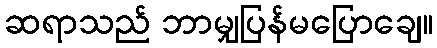
ဆရာသည် ဘာမျှပြန်မပြောချေ။